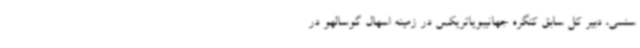
سنسی، دبیر کل سابق کنگره جهانیبویاتریکس در زمینه اسهال گوسالهو در